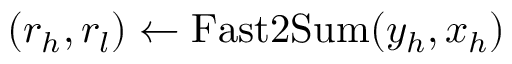
( r _ { h } , r _ { l } ) \gets \mathrm { F a s t 2 S u m } ( y _ { h } , x _ { h } )